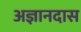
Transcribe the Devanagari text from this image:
अज्ञानदास